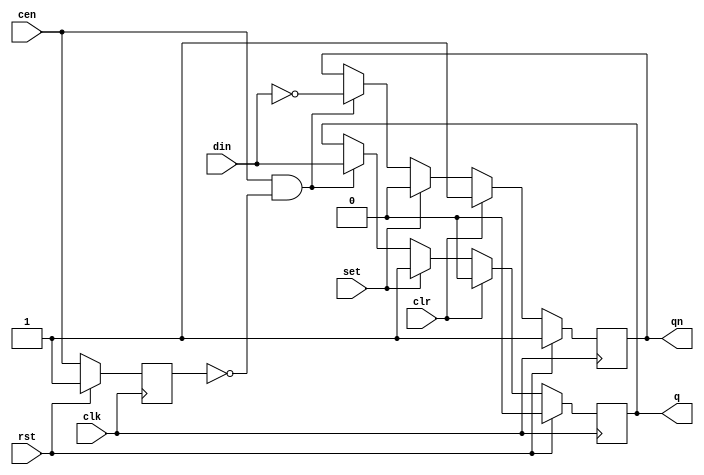
`default_nettype none
`timescale 1ns/10ps
module DFF_pseudoAsyncClrPre #(parameter W=1 ) (
    input      wire          clk,
    input      wire          rst,
    input      wire [W-1:0]  din,
    output reg  [W-1:0]  q,
    output reg  [W-1:0]  qn,
    input      wire [W-1:0]  set,    
    input      wire [W-1:0]  clr,    
    input      wire [W-1:0]  cen 
);

reg  [W-1:0] last_edge;

generate
    genvar i;
    for (i=0; i < W; i=i+1) begin: flip_flop
        always @(posedge clk) begin
            if(rst) begin
                q[i]         <= 0;
                qn[i]        <= 1;
                last_edge[i] <= 1;
            end
            else begin
                last_edge[i] <= cen[i];
                if( clr[i] ) begin
                    q[i]  <= 1'b0;
                    qn[i] <= 1'b1;
                end else
                if( set[i] ) begin
                    q[i]  <= 1'b1;
                    qn[i] <= 1'b0;
                end else
                if( cen[i] && !last_edge[i] ) begin
                    q[i]  <=  din[i];
                    qn[i] <= ~din[i];
                end
            end
        end
    end
endgenerate

endmodule